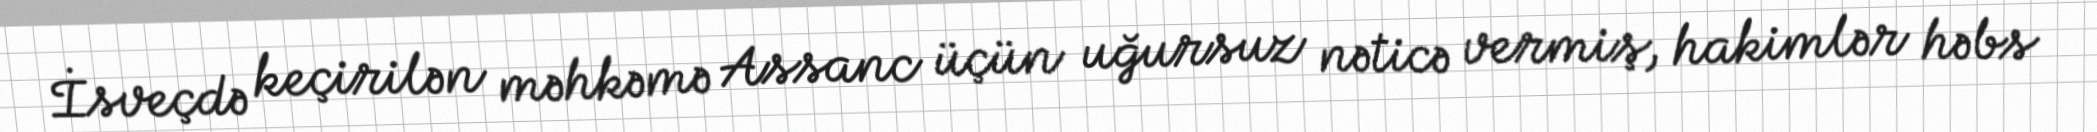
İsveçdə keçirilən məhkəmə Assanc üçün uğursuz nəticə vermiş, hakimlər həbs